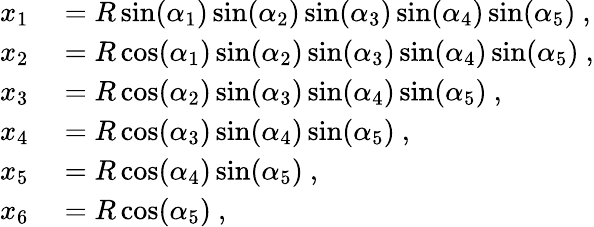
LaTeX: \begin{array}{rl}{x_{1}}&{{}=R\sin(\alpha_{1})\sin(\alpha_{2})\sin(\alpha_{3})\sin(\alpha_{4})\sin(\alpha_{5})~,}\\ {x_{2}}&{{}=R\cos(\alpha_{1})\sin(\alpha_{2})\sin(\alpha_{3})\sin(\alpha_{4})\sin(\alpha_{5})~,}\\ {x_{3}}&{{}=R\cos(\alpha_{2})\sin(\alpha_{3})\sin(\alpha_{4})\sin(\alpha_{5})~,}\\ {x_{4}}&{{}=R\cos(\alpha_{3})\sin(\alpha_{4})\sin(\alpha_{5})~,}\\ {x_{5}}&{{}=R\cos(\alpha_{4})\sin(\alpha_{5})~,}\\ {x_{6}}&{{}=R\cos(\alpha_{5})~,}\end{array}